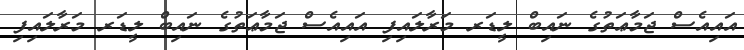
އައިއެސް ޖަމާޢަތުގެ ނައިބް ލީޑަރ މަރާލައިފި އައިއެސް ޖަމާޢަތުގެ ނައިބް ލީޑަރ މަރާލައިފި